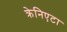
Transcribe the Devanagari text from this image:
क्रेनिएटा